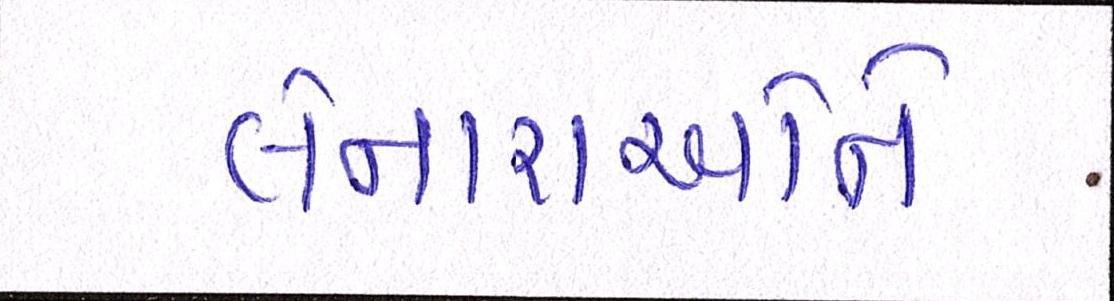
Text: લેનારાઓને